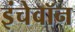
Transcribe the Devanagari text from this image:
इंचेवॉन